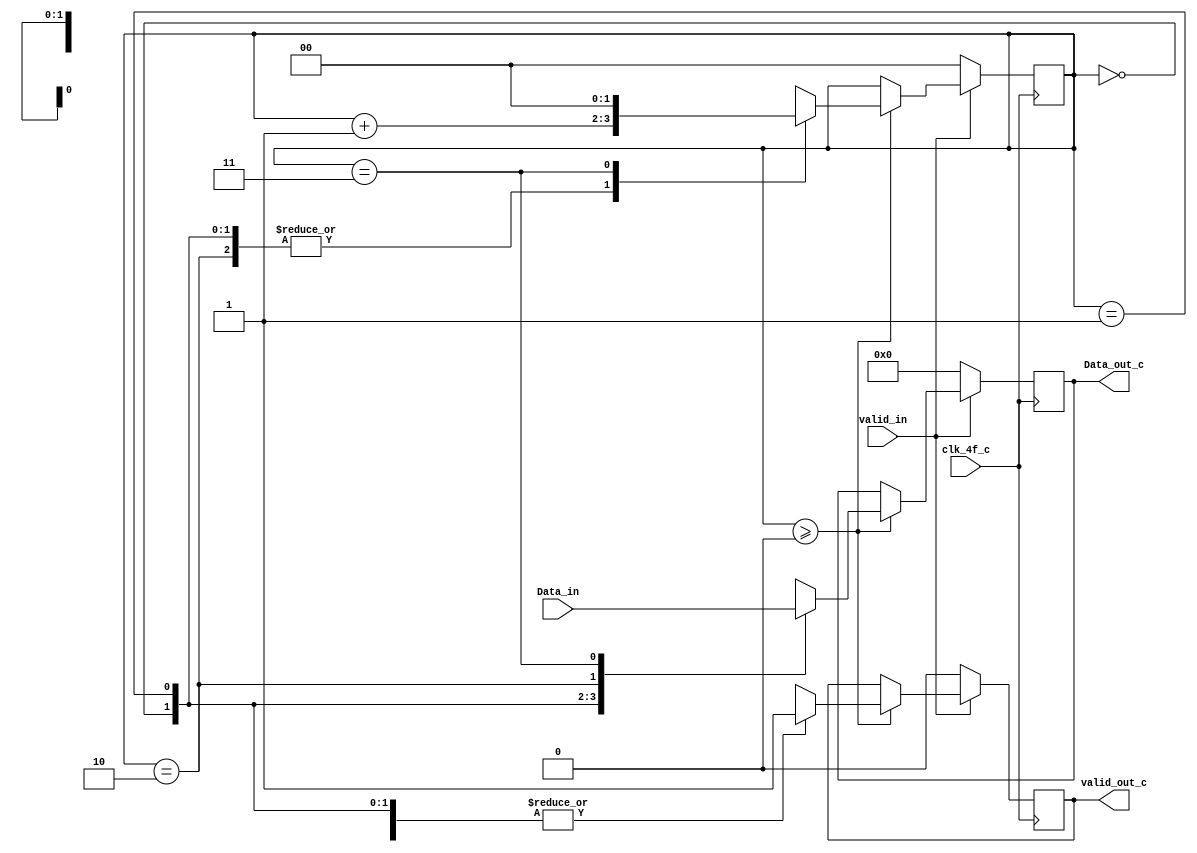
module word32_8bits_c (
	input clk_4f_c,
	input valid_in,
	input [31:0] Data_in,
	output reg valid_out_c,
	output reg [7:0] Data_out_c
);
	reg [1:0] contador;

	always @(posedge clk_4f_c) begin
		if (valid_in) begin
			if (contador >= 0) begin
				case (contador)
					2'b00: 
					begin
						Data_out_c <= Data_in[31:24];
						contador <= contador + 1;
						valid_out_c <= 1;
					end  
					2'b01: 
					begin
						Data_out_c <= Data_in[23:16];
						contador <= contador + 1;
						valid_out_c <= 1;
					end  
					2'b10:
					begin
						Data_out_c <= Data_in[15:8];
						contador <= contador + 1;
						valid_out_c <= 1;
					end  
					2'b11:
					begin
						Data_out_c <= Data_in[7:0];
						contador <= 2'b0;
						valid_out_c <= 1;
					end 
				endcase
			end
		end
		else begin
			contador <= 2'b0;
			valid_out_c <= 0;
			Data_out_c <= 32'b0;
		end
	end
endmodule